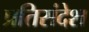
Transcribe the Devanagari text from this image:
प्रतिसंदेश